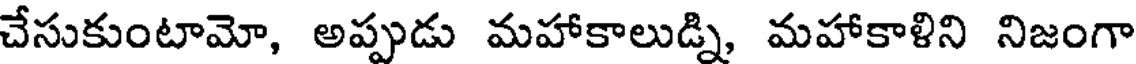
చేసుకుంటామో, అప్పుడు మహాకాలుడ్ని, మహాకాళిని నిజంగా